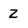
Character: Z